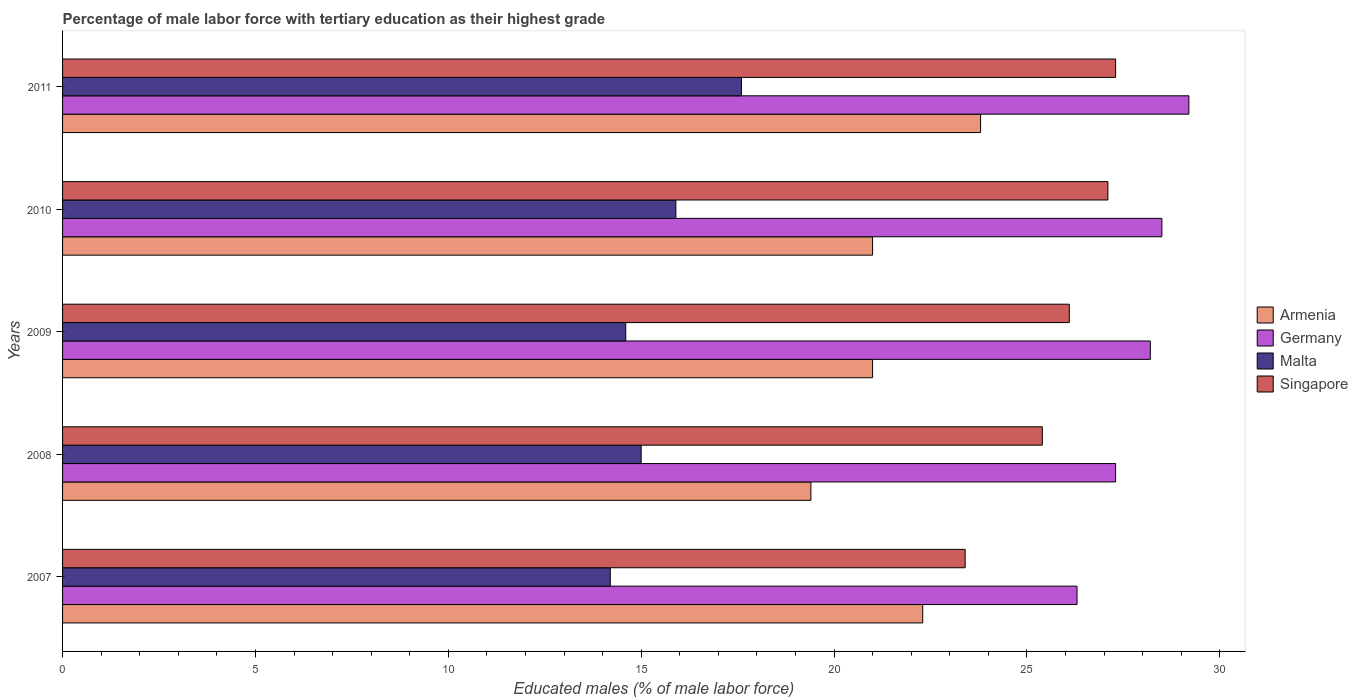
| Years | Armenia | Germany | Malta | Singapore |
 | --- | --- | --- | --- | --- |
 | 2007 | 22.3 | 26.3 | 14.2 | 23.4 |
 | 2008 | 19.4 | 27.3 | 15 | 25.4 |
 | 2009 | 21 | 28.2 | 14.6 | 26.1 |
 | 2010 | 21 | 28.5 | 15.9 | 27.1 |
 | 2011 | 23.8 | 29.2 | 17.6 | 27.3 |